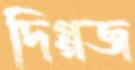
দিগ্‌গজ